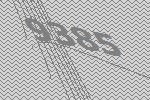
9385